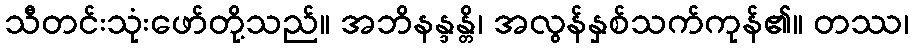
သီတင်းသုံးဖော်တို့သည်။ အဘိနန္ဒန္တိ၊ အလွန်နှစ်သက်ကုန်၏။ တဿ၊